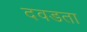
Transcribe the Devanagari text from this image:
दवडता